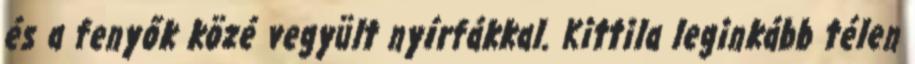
és a fenyők közé vegyült nyírfákkal. Kittila leginkább télen